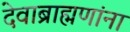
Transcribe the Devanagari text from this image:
देवाब्राह्मणांना